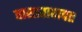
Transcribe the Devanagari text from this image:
वास्तवाबाबत